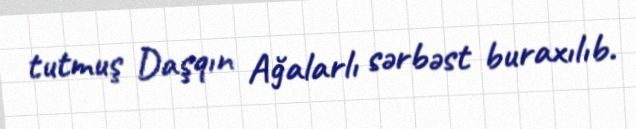
tutmuş Daşqın Ağalarlı sərbəst buraxılıb.